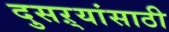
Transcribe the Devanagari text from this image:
दुसऱ्यांसाठी